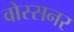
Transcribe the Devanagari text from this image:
वोस्सनर